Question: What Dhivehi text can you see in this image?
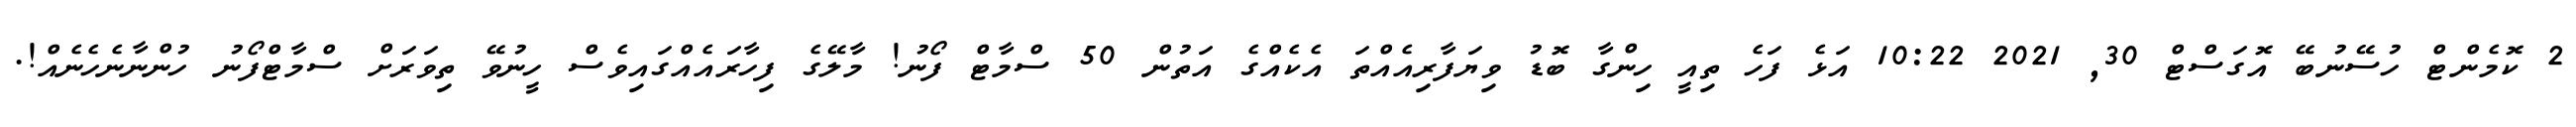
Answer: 2 ކޮމެންޓް ހުސޭނުބޭ އޮގަސްޓް 30, 2021 10:22 އަޅެ ފަހެ ތިއީ ހިންގާ ބޮޑު ވިޔަފާރިއެއްތަ އެކެއްގެ އަތުން 50 ސްމާޓް ފޯނު! މާލޭގެ ފިހާރައެއްގައިވެސް ހީނުވޭ ތިވަރަށް ސްމާޓްފޯނު ހުންނާނެހެނެއް!.